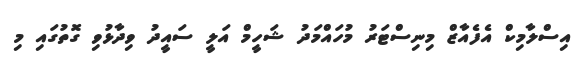
އިސްލާމިކް އެފެއާޒް މިނިސްޓަރު މުހައްމަދު ޝަހީމް އަލީ ސައީދު ވިދާޅުވި ގޮތުގައި މި